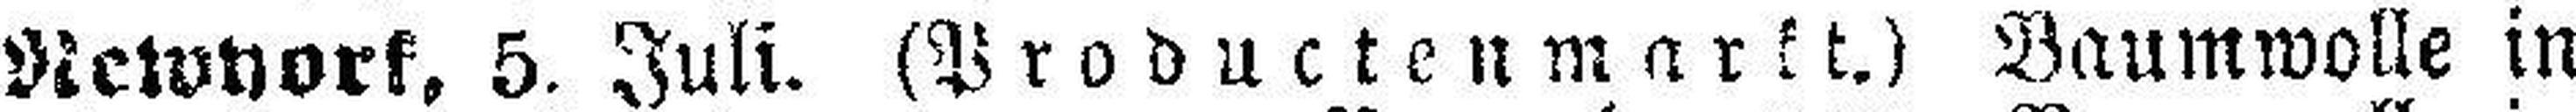
Newyork, 5. Juli. (Productenmarkt.) Baumwolle in